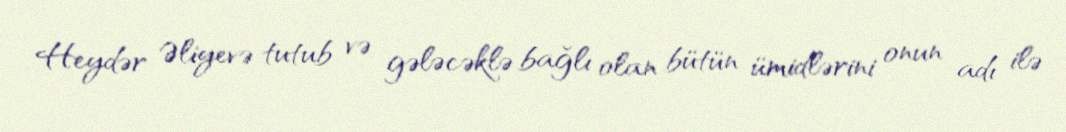
Heydər Əliyevə tutub və gələcəklə bağlı olan bütün ümidlərini onun adı ilə